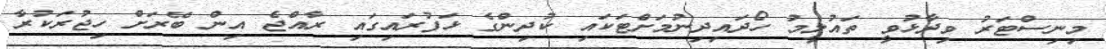
މިނިސްޓަރު ވިދާޅުވީ ތައުލީމު ހޯދައިދިނުމަށްޓަކައި ކުދިންގެ ޅަފުރައިގައި ރާއްޖެ އިން ބޭރަށް ހިޖުރަކުރާ